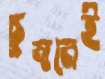
চুম্বনেই